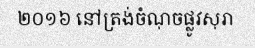
២០១៦ នៅត្រង់ចំណុចផ្លូវសុរា